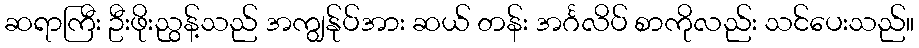
ဆရာကြီး ဦးဖိုးညွန့်သည် အကျွန်ုပ်အား ဆယ် တန်း အင်္ဂလိပ် စာကိုလည်း သင်ပေးသည်။